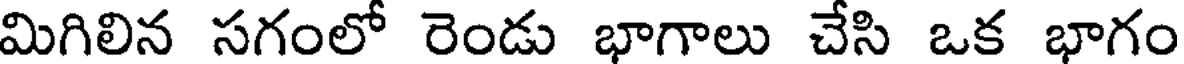
మిగిలిన సగంలో రెండు భాగాలు చేసి ఒక భాగం